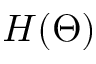
H ( \Theta )